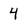
Character: 4